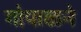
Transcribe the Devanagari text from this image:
गोपाळने